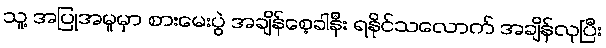
သူ့ အပြုအမူမှာ စားမေးပွဲ အချိန်စေ့ခါနီး ရနိုင်သလောက် အချိန်လုပြီး